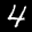
Digit: 4